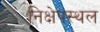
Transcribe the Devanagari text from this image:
निक्षेपस्थल